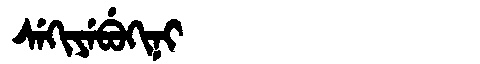
Manchu: ᠰᡝᡴᡳᠶᡝᠪᡠᡴᡳᠨᡳ
Romanization: SEKIYEBUKINI